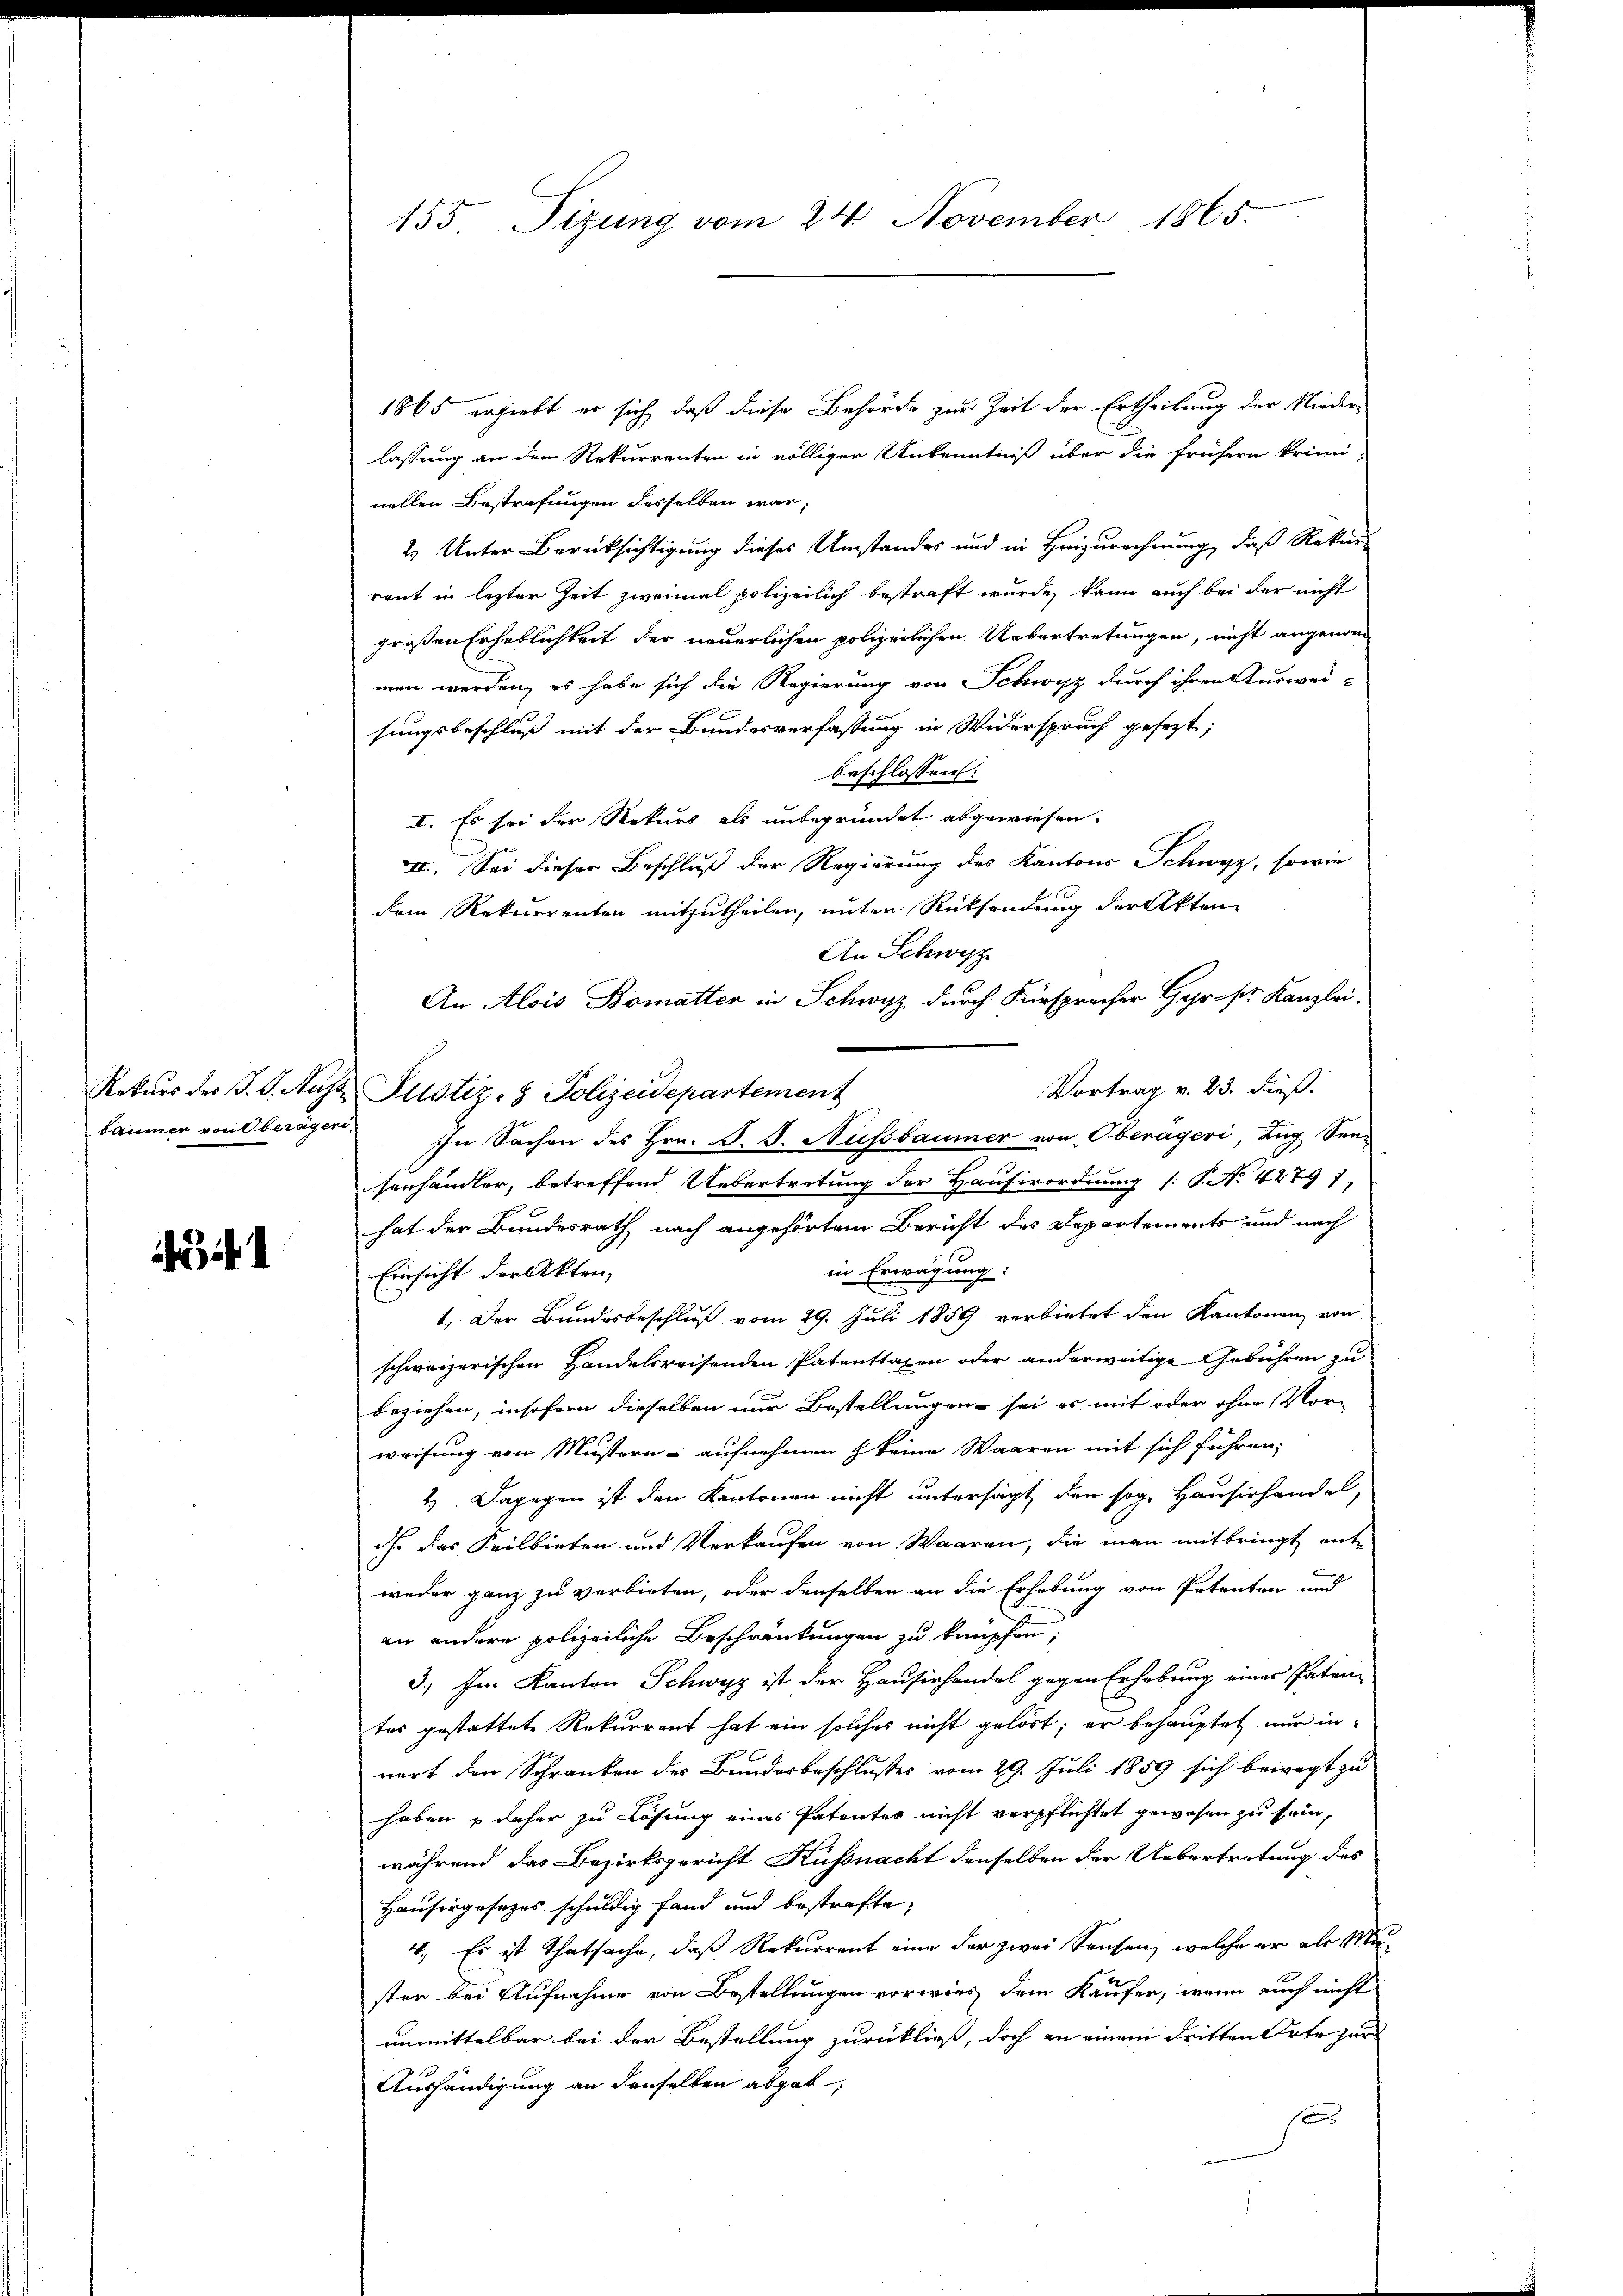
ii

155. Sizung vom 24. November 1865.

1865 ergiebt er sich, daß diese Behörde zur Zeit der Ertheilung der Niederlassung an den Rekurrenten in völligen Unkenntniß über die frühern krimi-
nellen Bestrafungen desselben war;
2. Unter Berücksichtigung dieses Umstandes und in Heinzurechnung, daß Rekurs
rent in lezter Zeit zweimal polizeilich bestraft wurde, kann auch bei der nicht
großen Erheblichkeit der neuerlichen polizeilichen Uebertretungen, nicht angenom-
men werden, es habe sich die Regierung von Schwyz durch ihren Ausweisungsbeschluß mit der Bundesverfassung in Widerspruch gesezt;
beschlossen:
I. Es sei der Rekurs als unbegründet abgewiesen.
VI. Sei dieser Beschluß der Regierung des Kantons Schwyz, sowie
dem Rekurrenten mitzutheilen, unter Rücksendung der Akten
An Schweiz
An Alois Bomatten in Schwyz durch Fürspracher Gyr sr. Kanzlei,
Vortrag v. 23. dieß.
Rekŭrs der F. S. Ausz Justiz- & Polizeidepartement
baumer von Oberagen. In Sachen des Hrn. F. J. Aussbaumer von Oberägeri, Zug Sensenhändler, betreffend Uebertretung der Hauserordnung (: P. No. 42797,
hat der Bundesrath nach angehörtem Bericht des Departements und nach
in Erwägung:
Einsicht der Akten,
1. Der Bundesbeschluß vom 29. Juli 1859 verbietet den Kantonen von
schweizerischen Handelsreisenden Patenttaxen oder anderweitige Gebühren zu
beziehen, insofern dieselben nur Bestellungen sei es mit oder ohne Vor-
weisung von Mustern aufnehmen z keine Waaren mit sich führen,
2). Dagegen ist den Kantonen nicht untersagt, den sog. Hausirhandel,
ihr das Feilbieten und Verkaufen von Waaren, die man mitbringt ent-
weder ganz zu verbieten, oder denselben an die Erhebung von Petenten und
an andere polizeiliche Beschränkungen zu knüpfen;
3.) Im Kanton Schwyz ist der Hausirhandel gegen Erhebung eines Patentes gestattete Rekurrent hat ein solches nicht gehört; er behauptet nur in
nert den Schranken der Bundesbeschlußes vom 29. Juli 1859 sich bewegt zu
haben daher zu Lösung eines Patenter nicht verpflichtet gewesen zu sein,
während das Bezirksgericht Küssnacht denselben der Uebertretung des
Hausergesetzes schuldig fand und bestrafte,
4. Es ist thatsache, daß Rekurrent eine der zwei Sausen, welche er als Musten bei Aufnahme von Bestellungen vorwies dem Käufer, wenn auch nicht
unmittelbar bei der Bestellung zurückließ, doch an einem dritten Orte zur
Aushändigung an denselben abgat,
f